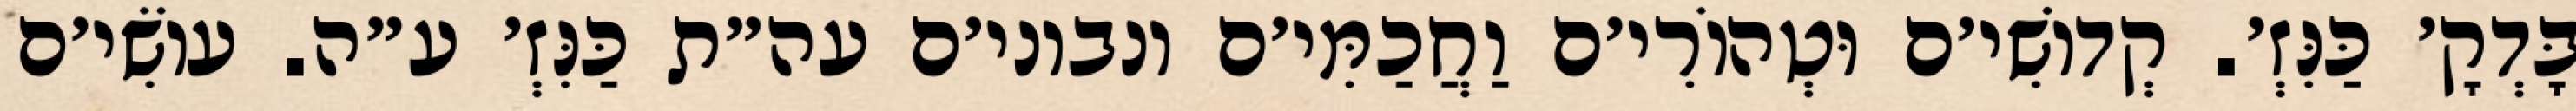
בָּדְקָ׳ כַּנִּזְ׳. קְדוֹשִׁי׳ם וּטְהוֹרִי׳ם וַחֲכַמִּי׳ם ונבוני׳ם עה״ת כַּנִּזְ׳ ע״ה. עוֹשִׂי׳ם